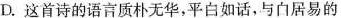
D.这首诗的语言质朴无华，平白如话，与白居易的